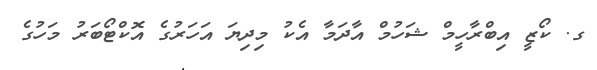
ގ. ކޯޒީ އިބްރާހީމް ޝަހުމް އާދަމާ އެކު މިދިޔަ އަހަރުގެ އޮކްޓޯބަރު މަހުގެ